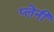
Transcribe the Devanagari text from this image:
प्लेनी